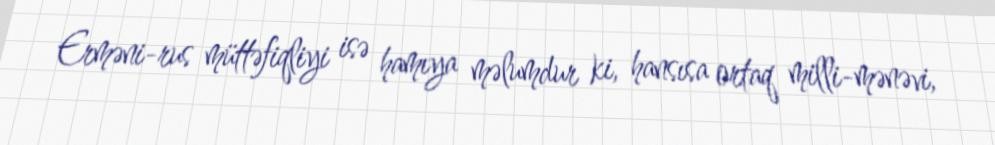
Erməni-rus müttəfiqliyi isə hamıya məlumdur ki, hansısa ortaq milli-mənəvi,